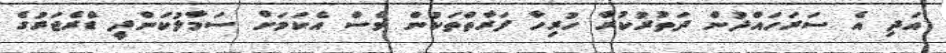
އަދި އެ ސަރަހައްދުން ދަތުރުކުރާ ހުރިހާ ފަރާތްތަކުން ވެސް އެކަމަށް ސަމާލުކަންދީ ޑްރެޖަރުގެ